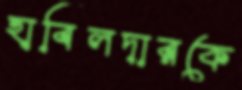
হাবিলদারকে